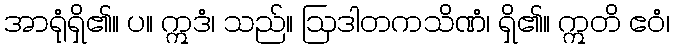
အာရုံရှိ၏။ ပ။ ဣဒံ၊ သည်။ ဩဒါတကသိဏံ၊ ရှိ၏။ ဣတိ ဧဝံ၊